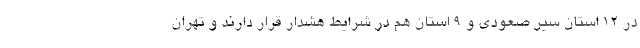
در ۱۲ استان سیر صعودی و ۹ استان هم در شرایط هشدار قرار دارند و تهران